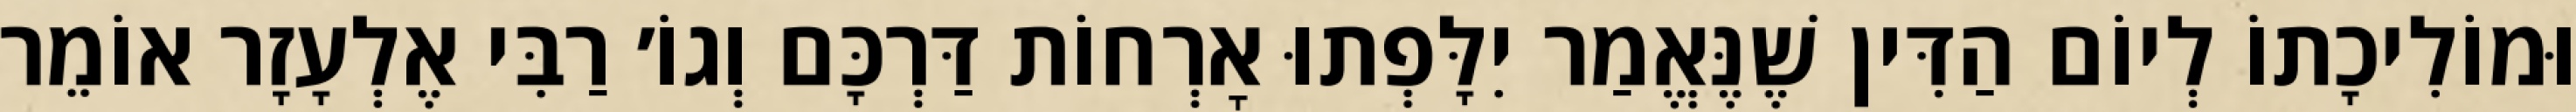
וּמוֹלִיכָתוֹ לְיוֹם הַדִּין שֶׁנֶּאֱמַר יִלָּפְתוּ אׇרְחוֹת דַּרְכָּם וְגוֹ׳ רַבִּי אֶלְעָזָר אוֹמֵר